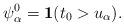
LaTeX: \begin{align*}\psi_{\alpha}^{0}=\bold{1}({t_{0}>u_{\alpha}}).\end{align*}